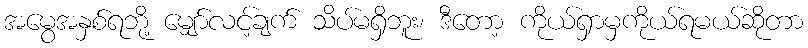
အမွေအနှစ်ရဘို့ မျှော်လင့်ချက် သိပ်မရှိဘူး၊ ဒီတော့ ကိုယ်ရှာမှကိုယ်ရမယ်ဆိုတာ